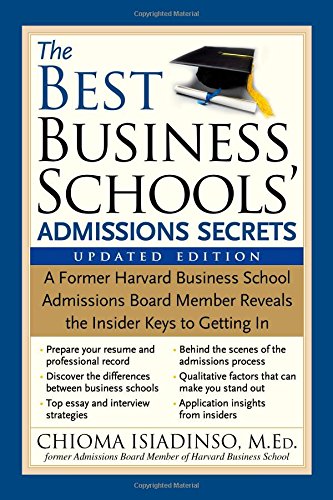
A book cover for The Best Business Schools' Admissions Secrets: A Former Harvard Business School Admissions Board Member Reveals the Insider Keys to Getting In; Chioma Isiadinso; Education & Teaching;